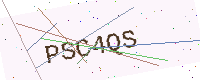
Text: PSC4QS